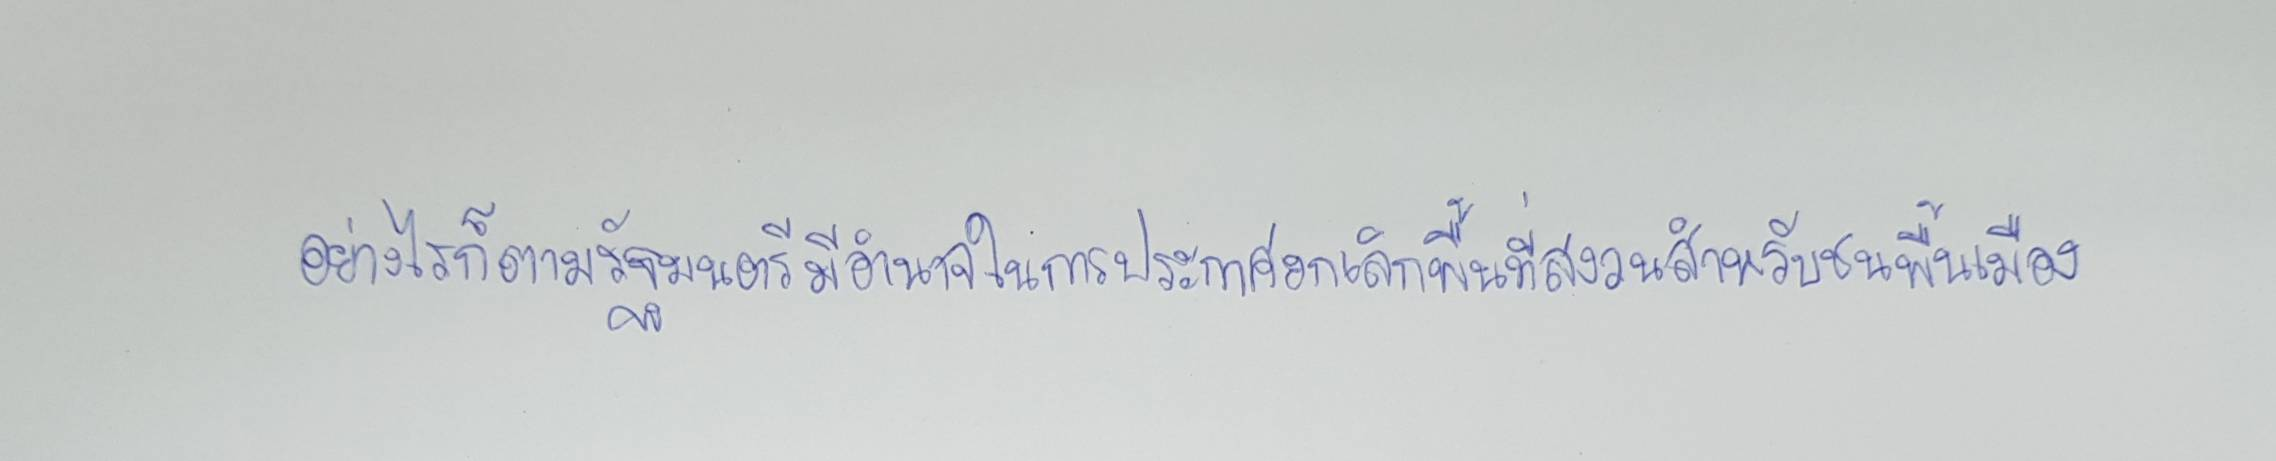
อย่างไรก็ตามรัฐมนตรีมีอำนาจในการประกาศยกเลิกพื้นที่สงวนสำหรับชนพื้นเมือง